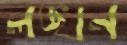
লঙ্খন